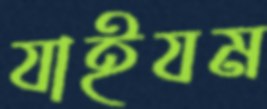
যাইযম